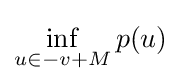
\inf _{u\in -v+M}p(u)